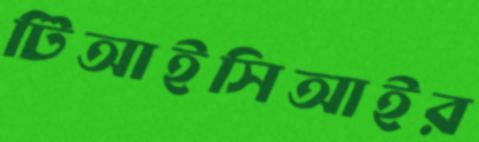
টিআইসিআইর